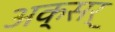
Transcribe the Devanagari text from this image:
अक्सर्